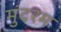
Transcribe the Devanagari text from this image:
मुंदरम